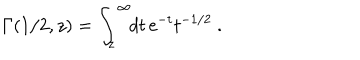
{ \mit \Gamma } ( 1 / 2 , z ) = \int _ { z } ^ { \infty } \! \! d t \, { \mathrm e } ^ { - t } t ^ { - 1 / 2 } \ .